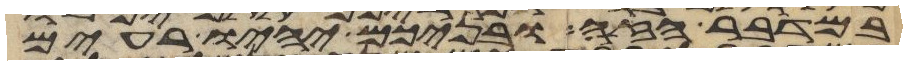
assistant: במדבר הזה ובניכם יהיו רעים